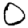
Digit: 0